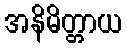
အနိမိတ္တာယ